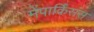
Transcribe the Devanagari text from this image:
मेंपार्किंसंस